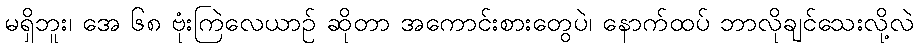
မရှိဘူး၊ အေ ၆၈ ဗုံးကြဲလေယာဉ် ဆိုတာ အကောင်းစားတွေပဲ၊ နောက်ထပ် ဘာလိုချင်သေးလို့လဲ